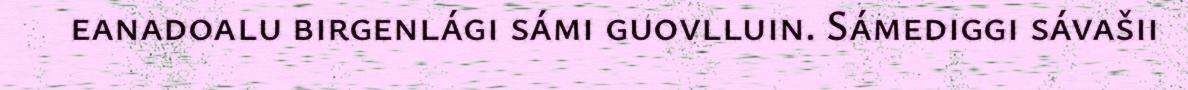
eanadoalu birgenlági sámi guovlluin. Sámediggi sávašii